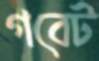
গবেট